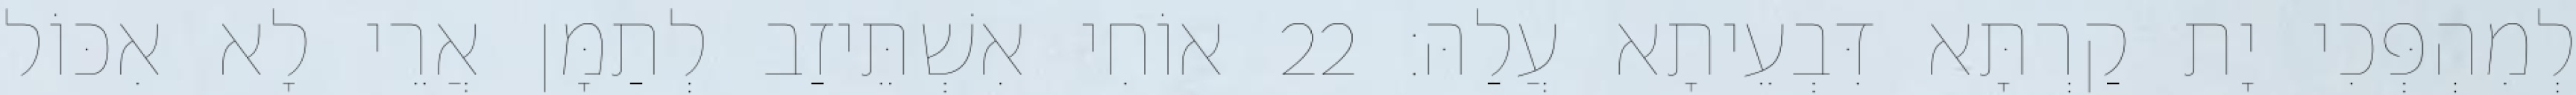
לְמִהְפְּכִי יָת קַרְתָּא דִּבְעֵיתָא עֲלַהּ׃ 22 אוֹחִי אִשְׁתֵּיזַב לְתַמָּן אֲרֵי לָא אִכּוֹל